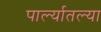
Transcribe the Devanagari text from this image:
पार्ल्यातल्या